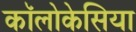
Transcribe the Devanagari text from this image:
कॉलोकेसिया